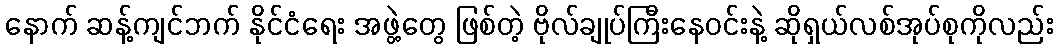
နောက် ဆန့်ကျင်ဘက် နိုင်ငံရေး အဖွဲ့တွေ ဖြစ်တဲ့ ဗိုလ်ချုပ်ကြီးနေဝင်းနဲ့ ဆိုရှယ်လစ်အုပ်စုကိုလည်း